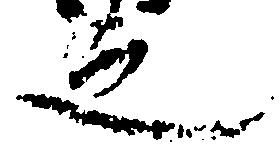
之